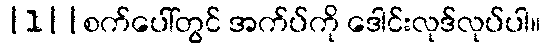
|1||စက်ပေါ်တွင် အက်ပ်ကို ဒေါင်းလုဒ်လုပ်ပါ။